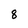
Character: 8